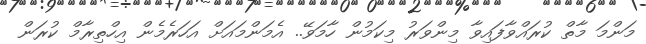
މަންމަ މާތް ކުރައްވާފައިވާ މިންވަރު މިކަމުން ހާމަވޭ.. އެމަންމައަށް އަހަރެމެން އިހްތިރާމް ކުރަން